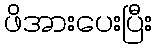
ဖိအားပေးပြီး